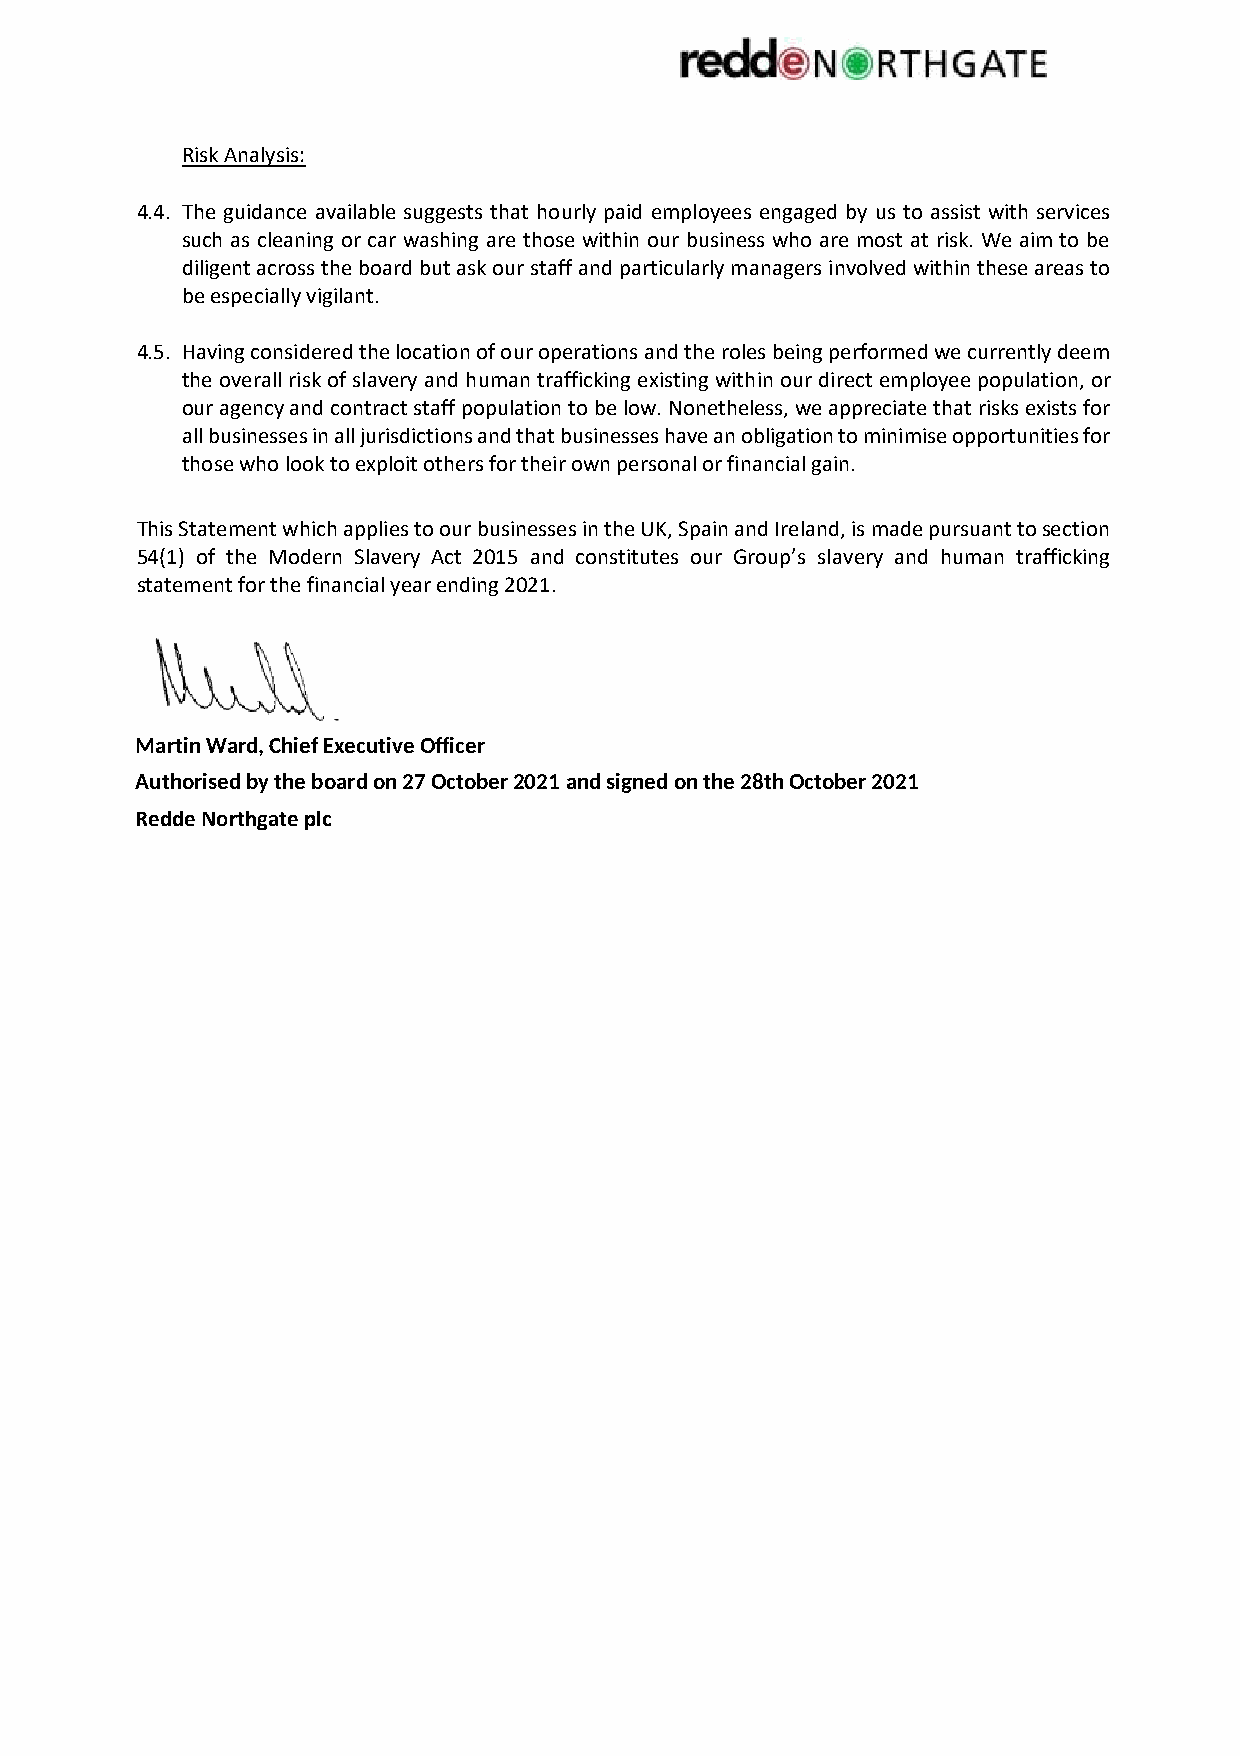
Risk Analysis:
 4.4. The guidance available suggests that hourly paid employees engaged by us to assist with services
 such as cleaning or car washing are those within our business who are most at risk. We aim to be
 diligent across the board but ask our staff and particularly managers involved within these areas to
 be especially vigilant.
 4.5. Having considered the location of our operations and the roles being performed we currently deem
 the overall risk of slavery and human trafficking existing within our direct employee population, or
 our agency and contract staff population to be low. Nonetheless, we appreciate that risks exists for
 all businesses in all jurisdictions and that businesses have an obligation to minimise opportunities for
 those who look to exploit others for their own personal or financial gain.
 This Statement which applies to our businesses in the UK, Spain and Ireland, is made pursuant to section
 54(1) of the Modern Slavery Act 2015 and constitutes our Group’s slavery and human trafficking
 statement for the financial year ending 2021.
 Martin Ward, Chief Executive Officer
 Authorised by the board on 27 October 2021 and signed on the 28th October 2021
 Redde Northgate plc